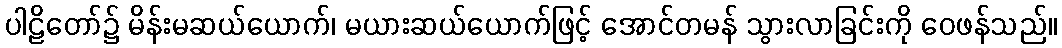
ပါဠိတော်၌ မိန်းမဆယ်ယောက်၊ မယားဆယ်ယောက်ဖြင့် အောင်တမန် သွားလာခြင်းကို ဝေဖန်သည်။